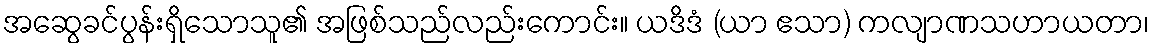
အဆွေခင်ပွန်းရှိသောသူ၏ အဖြစ်သည်လည်းကောင်း။ ယဒိဒံ (ယာ ဧသာ) ကလျာဏသဟာယတာ၊